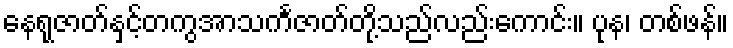
နေရုဇာတ်နှင့်တကွအာသင်္ကဇာတ်တို့သည်လည်းကောင်း။ ပုန၊ တစ်ဖန်။